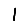
Digit: 1